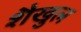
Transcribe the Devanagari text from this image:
शैखुल